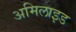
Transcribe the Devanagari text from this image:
अमिलाइड